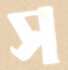
স